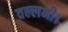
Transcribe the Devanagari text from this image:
वल्लभी।